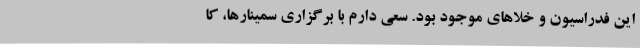
این فدراسیون و خلاهای موجود بود. سعی دارم با برگزاری سمینارها، کا